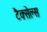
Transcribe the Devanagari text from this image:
टैक्सेल्स